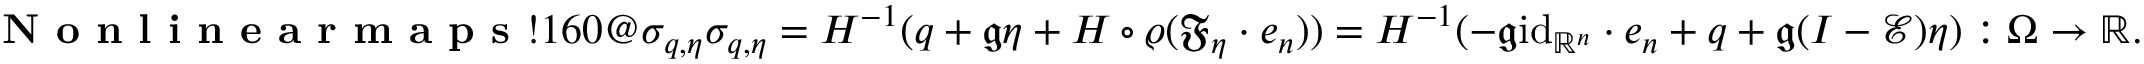
\index { \textbf { N o n l i n e a r m a p s } ! 1 6 0 @ \sigma _ { q , \eta } } \sigma _ { q , \eta } = H ^ { - 1 } ( q + \mathfrak { g } \eta + H \circ \varrho ( \mathfrak { F } _ { \eta } \cdot e _ { n } ) ) = H ^ { - 1 } ( - \mathfrak { g } \mathrm { i d } _ { \mathbb { R } ^ { n } } \cdot e _ { n } + q + \mathfrak { g } ( I - \mathcal { E } ) \eta ) : \Omega \to \mathbb { R } .